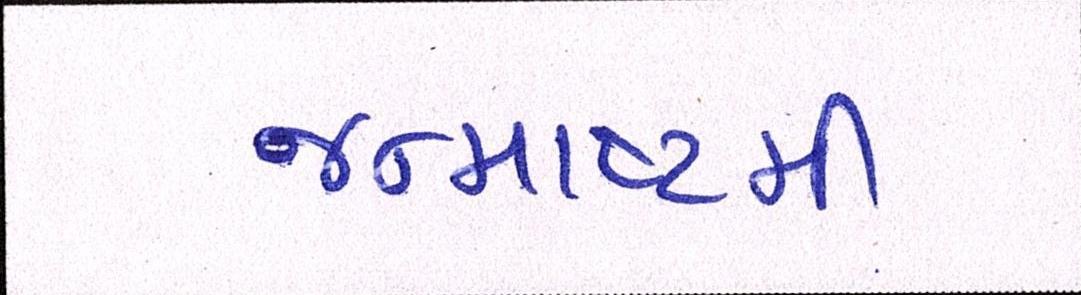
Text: જન્માષ્ટમી